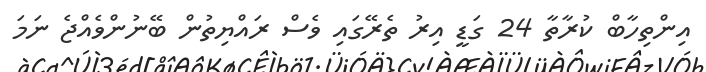
އިންތިހާބް ކުރާތާ 24 ގަޑީ އިރު ތެރޭގައި ވެސް ރައްޔިތުން ބޭނުންވެއްޖެ ނަމަ